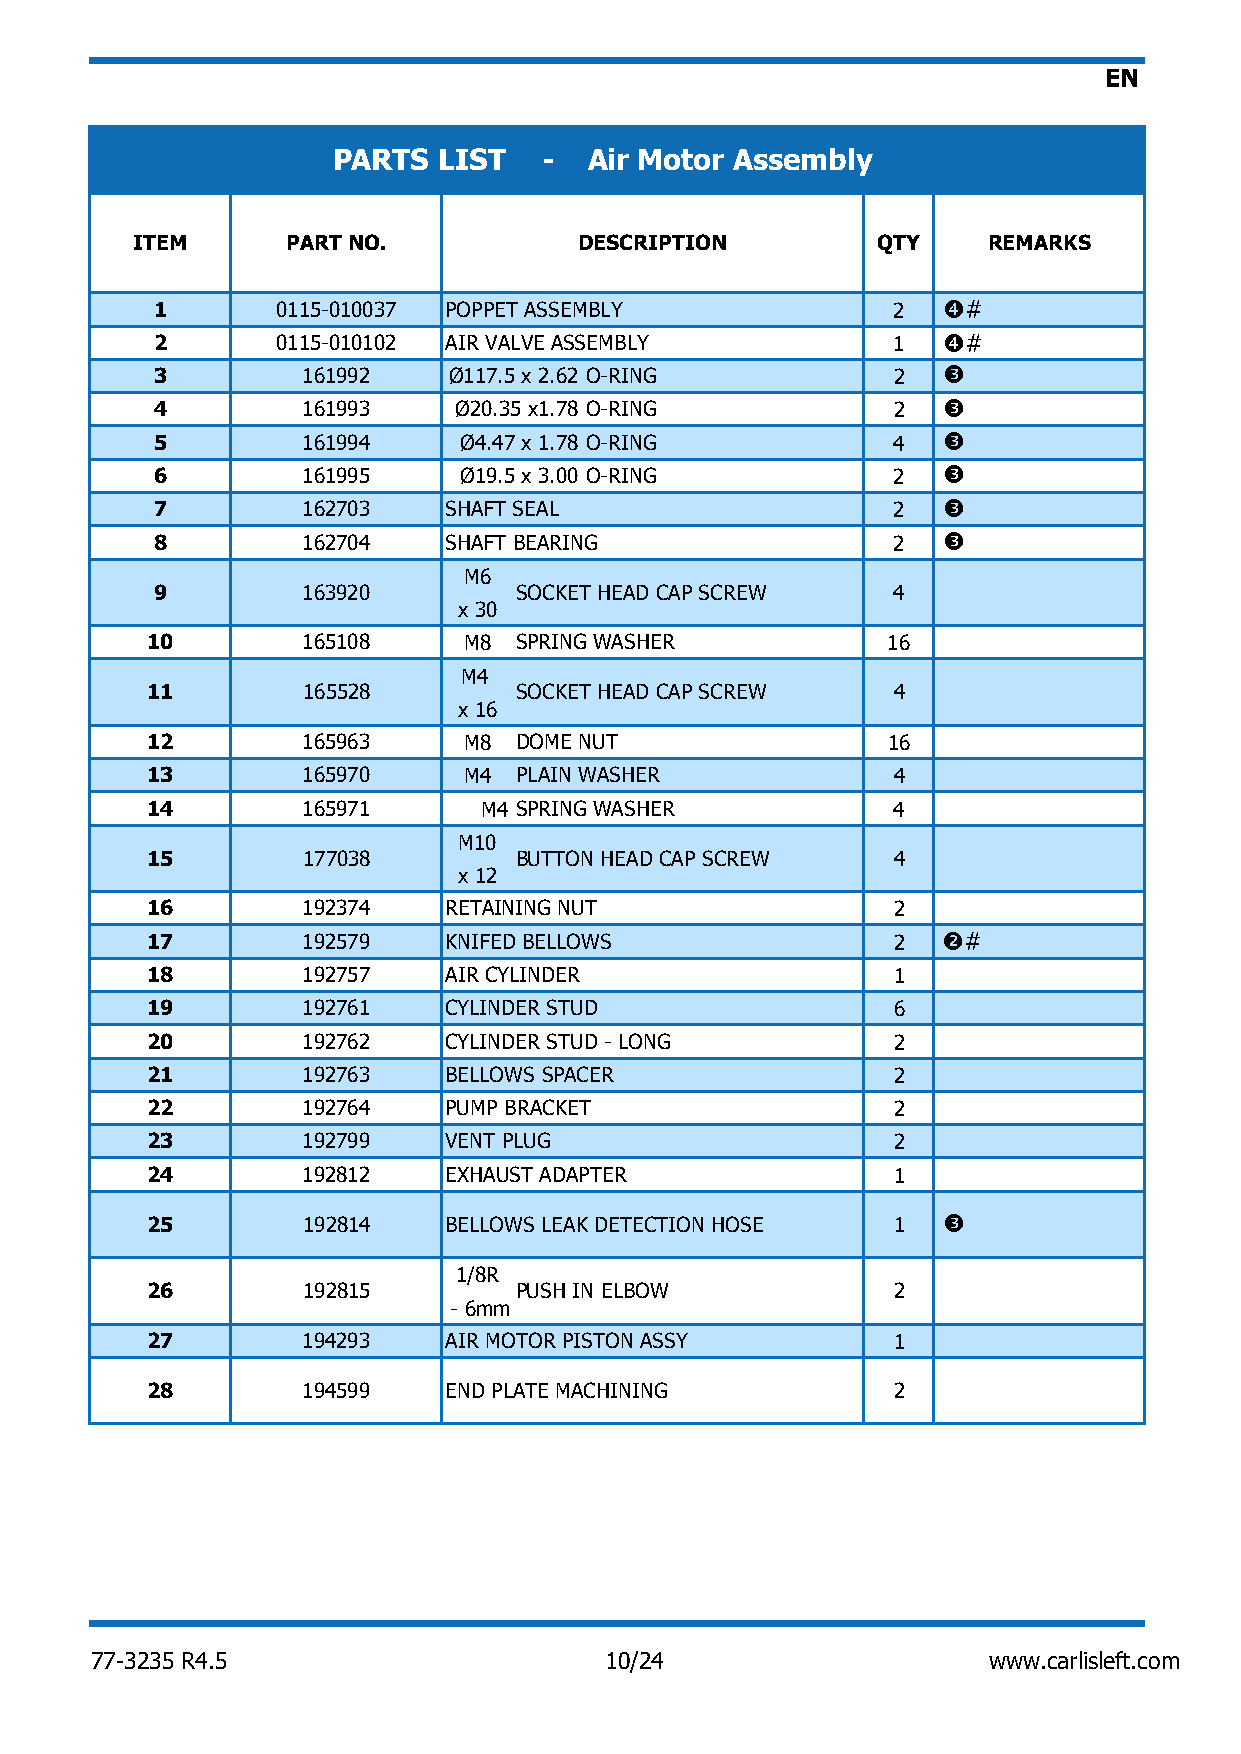
EN
 PARTS  LIST   -  Air Motor Assembly
 ITEM      PART NO.           DESCRIPTION         QTY    REMARKS
 1       0115-010037 POPPET ASSEMBLY              2  #
 2       0115-010102 AIR VALVE ASSEMBLY           1  #
 3         161992    Ø117.5 x 2.62 O-RING         2  
 4         161993    Ø20.35 x1.78 O-RING          2  
 5         161994    Ø4.47 x 1.78 O-RING          4  
 6         161995    Ø19.5 x 3.00 O-RING          2  
 7         162703   SHAFT SEAL                    2  
 8         162704   SHAFT BEARING                 2  
 M6
 9         163920        SOCKET HEAD CAP SCREW    4
 x 30
 10        165108     M8 SPRING WASHER            16
 M4
 11        165528        SOCKET HEAD CAP SCREW    4
 x 16
 12        165963     M8 DOME NUT                 16
 13        165970     M4 PLAIN WASHER             4
 14        165971      M4 SPRING WASHER           4
 M10
 15        177038        BUTTON HEAD CAP SCREW    4
 x 12
 16        192374   RETAINING NUT                 2
 17        192579   KNIFED BELLOWS                2  #
 18        192757   AIR CYLINDER                  1
 19        192761   CYLINDER STUD                 6
 20        192762   CYLINDER STUD - LONG          2
 21        192763   BELLOWS SPACER                2
 22        192764   PUMP BRACKET                  2
 23        192799   VENT PLUG                     2
 24        192812   EXHAUST ADAPTER               1
 25        192814   BELLOWS LEAK DETECTION HOSE   1  
 1/8R
 26        192815        PUSH IN ELBOW            2
 - 6mm
 27        194293   AIR MOTOR PISTON ASSY         1
 28        194599   END PLATE MACHINING           2
 77-3235 R4.5                      10/24                    www.carlisleft.com